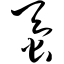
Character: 蚕